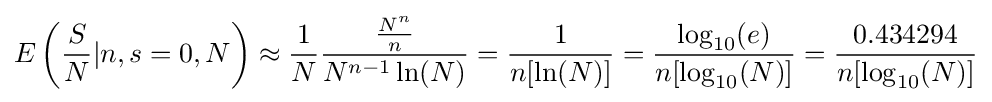
E\left({S \over N}|n,s=0,N\right)\approx {1 \over N}{{N^{n} \over n} \over N^{n-1}\ln(N)}={1 \over n[\ln(N)]}={\log _{10}(e) \over n[\log _{10}(N)]}={0.434294 \over n[\log _{10}(N)]}